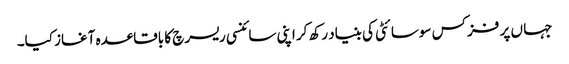
جہا ں پر فزکس سوسائٹی کی بنیاد رکھ کر اپنی سائنسی ریسرچ کا باقاعدہ آغاز کیا۔